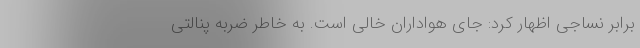
برابر نساجی اظهار کرد: جای هواداران خالی است. به خاطر ضربه پنالتی